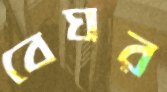
বেঘর